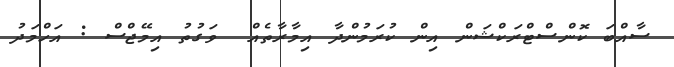
ސާއްބަ ކޮންސްޓްރަކްޝަން އިން ކުރަމުންދާ އިމާރާތެއް  ވަގުތު އިމޭޖްސް : އަހްމަދު